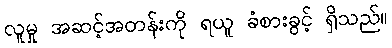
လူမှု အဆင့်အတန်းကို ရယူ ခံစားခွင့် ရှိသည်။